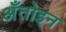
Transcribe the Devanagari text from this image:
अँतोइन